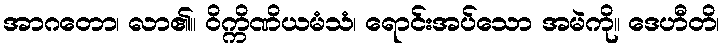
အာဂတော၊ လာ၏။ ဝိက္ကိဏိယမံသံ၊ ရောင်းအပ်သော အမဲကို။ ဒေဟီတိ၊